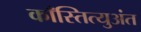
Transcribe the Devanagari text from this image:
काँस्तित्युअंत